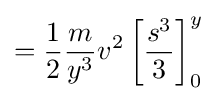
={\frac {1}{2}}{\frac {m}{y^{3}}}v^{2}\left[{\frac {s^{3}}{3}}\right]_{0}^{y}